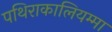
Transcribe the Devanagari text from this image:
पथिराकालियम्मा